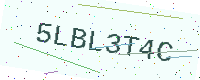
Text: 5LBL3T4C